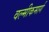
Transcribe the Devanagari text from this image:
वल्मीकमार्ग